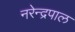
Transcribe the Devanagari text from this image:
नरेन्द्रपाल